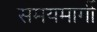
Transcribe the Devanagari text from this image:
समयमार्गी